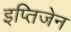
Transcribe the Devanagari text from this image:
इप्तिजेन